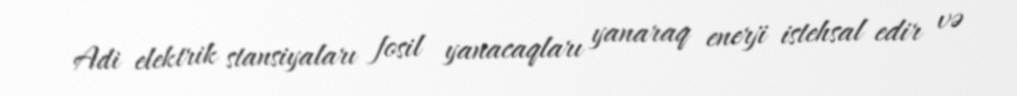
Adi elektrik stansiyaları fosil yanacaqları yanaraq enerji istehsal edir və